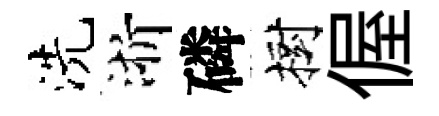
洗浙磷樹偓